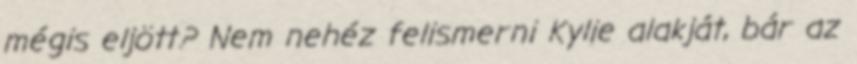
mégis eljött? Nem nehéz felismerni Kylie alakját, bár az